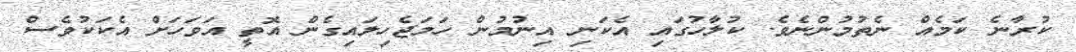
ކުރާނެ ކަމެއް ނެތުމުންނެވެ. ކުލާހުގައި އެކަނި އިނުމުން ހަމަޖެހިލައިގެން އޮތީ އަވަހަށް އެކަކުވެސް